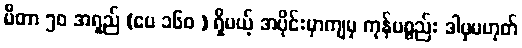
မီတာ ၅၀ အရှည် (ပေ ၁၆၀ ) ရှိမယ့် အပိုင်းမှာကျမှ ကုန်ပစ္စည်း ဒါမှမဟုတ်